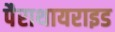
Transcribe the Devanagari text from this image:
पैराथायराइड